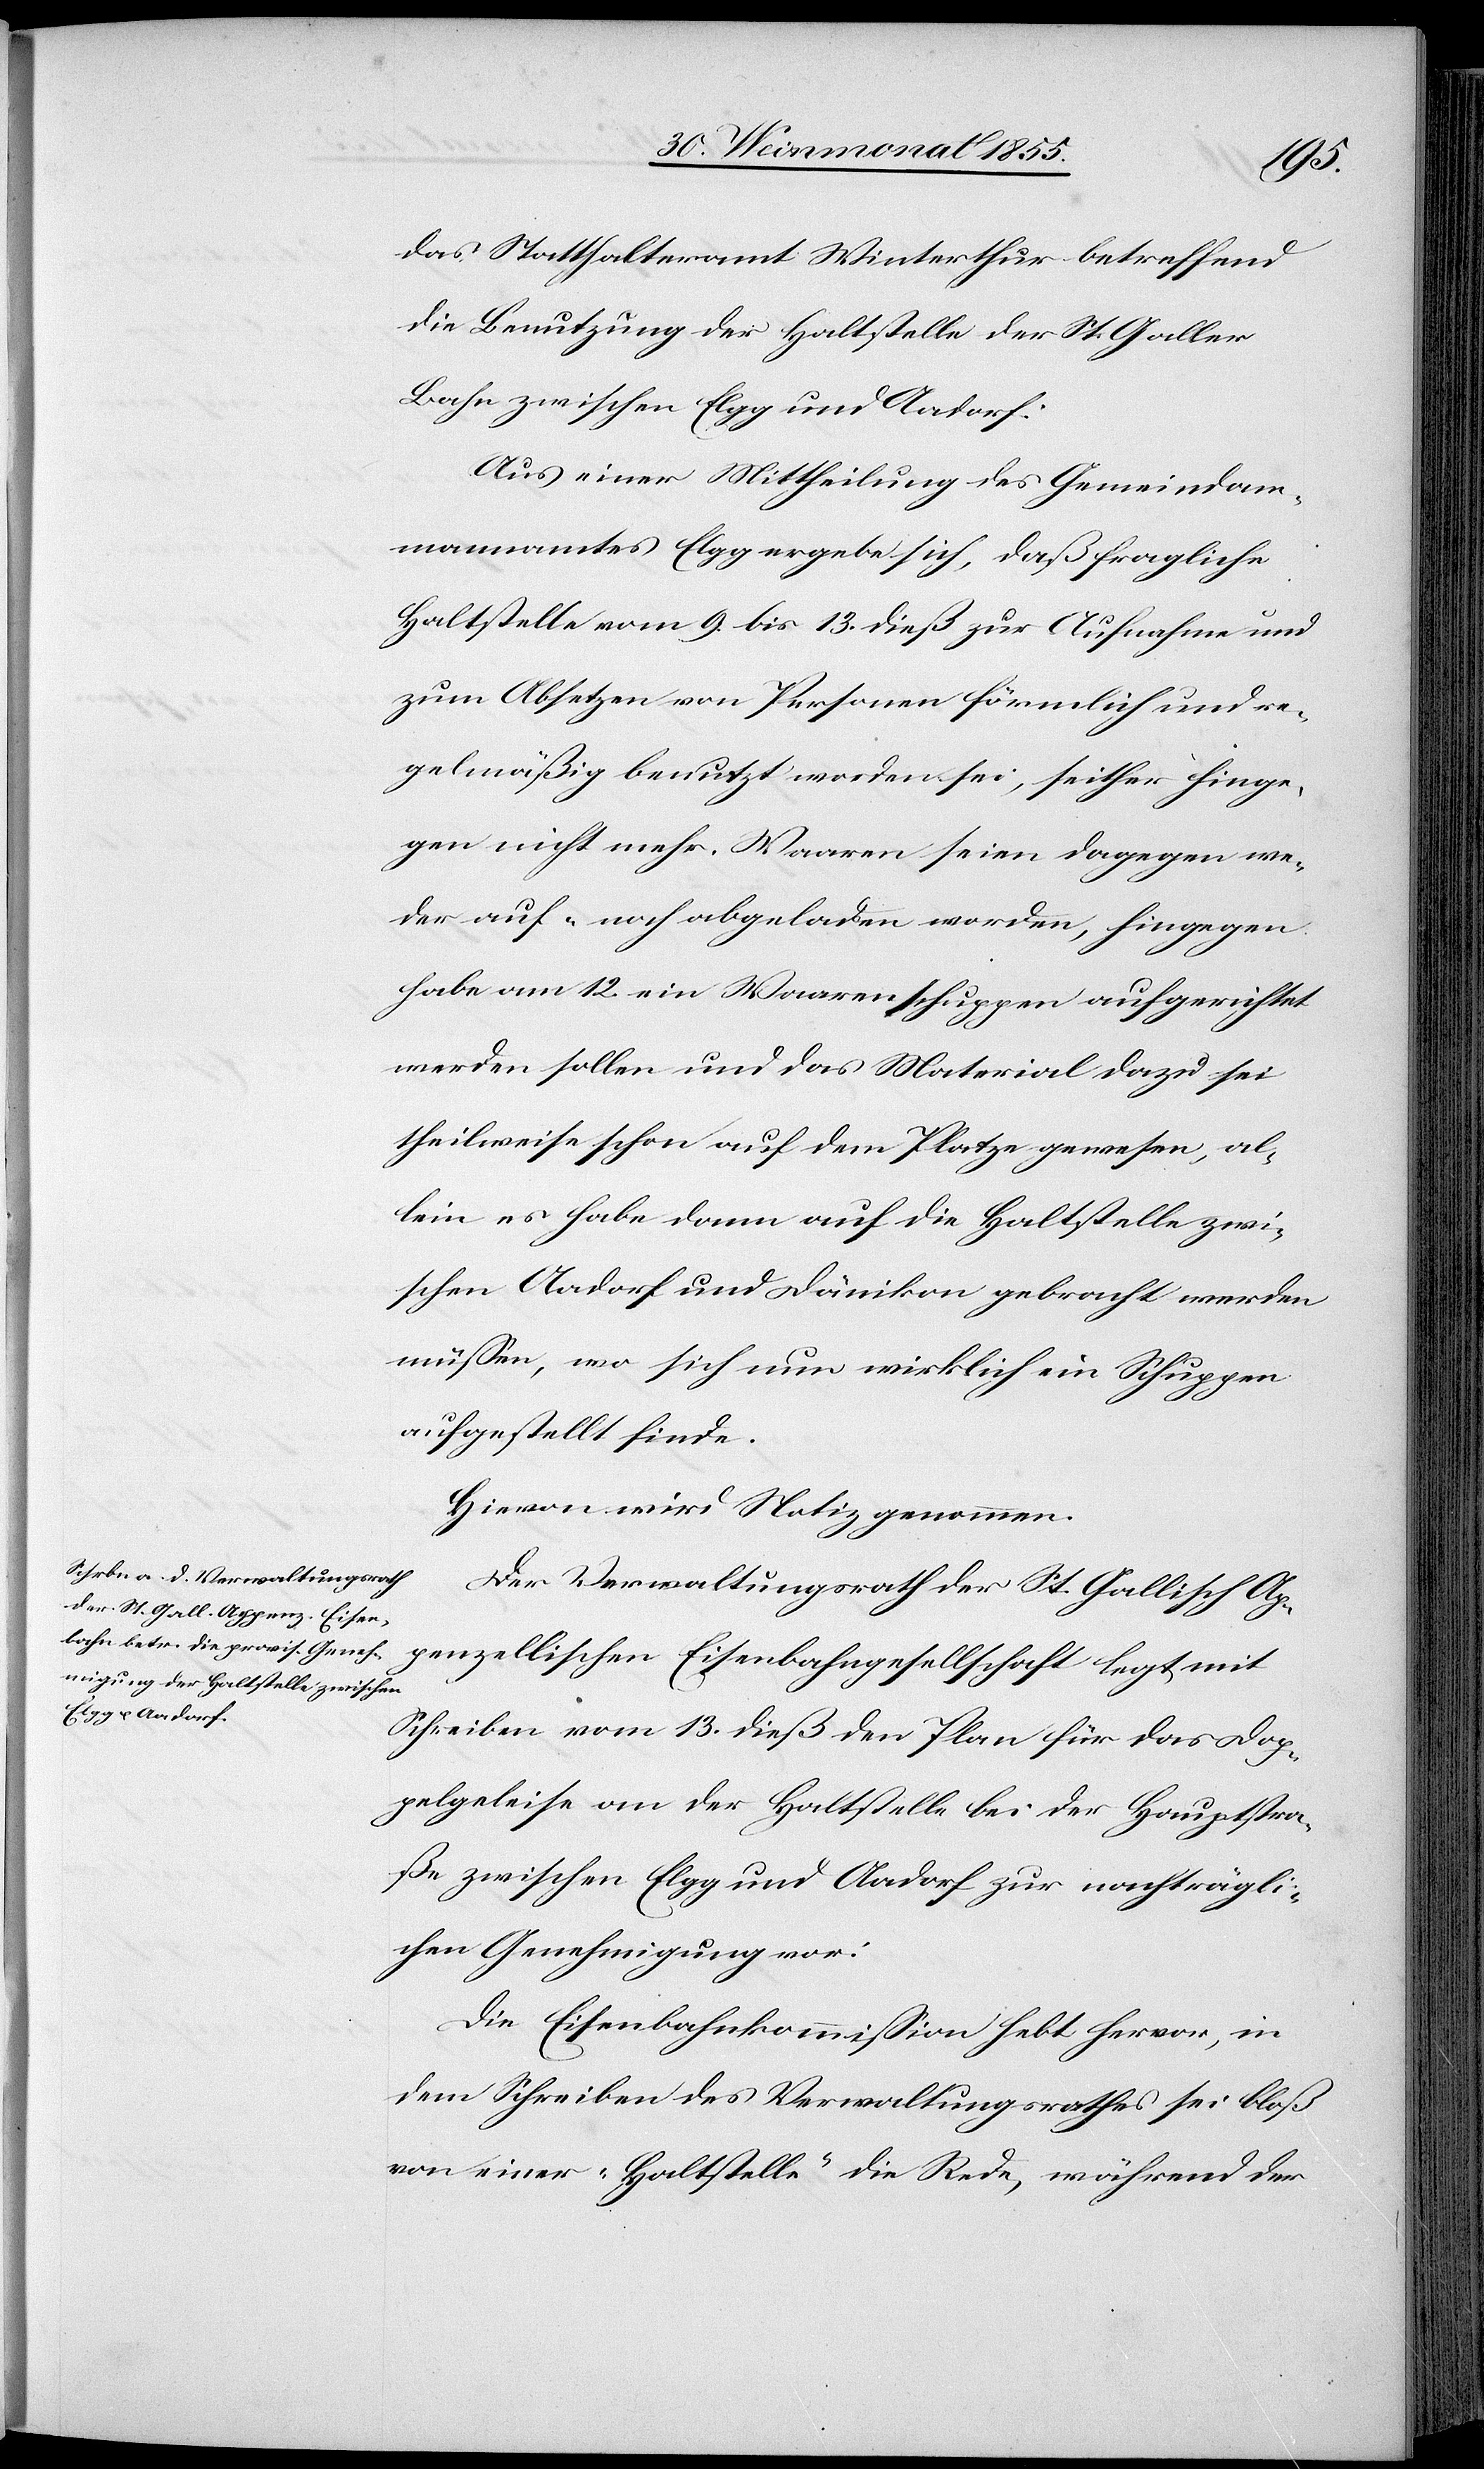
das Statthalteramt Winterthur betreffend
die Benutzung der Haltstelle der St. Galler
Bahn zwischen Elgg und Aadorf:
Aus einer Mittheilung des Gemeindam¬
mannamtes Elgg ergebe sich, daß fragliche
Haltstelle vom 9. bis 13. dieß zur Aufnahme und
zum Absetzen von Personen förmlich und re¬
gelmäßig benutzt worden sei, seither hinge¬
gen nicht mehr. Waaren seien dagegen we¬
der auf- noch abgeladen worden, hingegen
habe am 12. ein Waarenschuppen aufgerichtet
werden sollen und das Material dazu sei
theilweise schon auf dem Platze gewesen, al¬
lein es habe dann auf die Haltstelle zwi¬
schen Aadorf und Dänikon gebracht werden
müssen, wo sich nun wirklich ein Schuppen
aufgestellt finde.
Hievon wird Notiz genommen.
Der Verwaltungsrath der St. Gallisch Ap¬
penzellischen Eisenbahngesellschaft legt mit
Schreiben vom 13. dieß den Plan für das Dop¬
pelgeleise an der Haltstelle bei der Hauptstra¬
ße zwischen Elgg und Aadorf zur nachträgli¬
chen Genehmigung vor.
Die Eisenbahnkommission hebt hervor, in
dem Schreiben des Verwaltungsrathes sei bloß
von einer „Haltstelle“ die Rede, während der